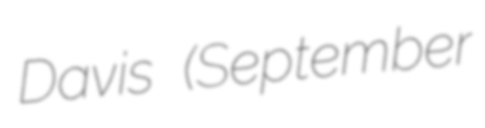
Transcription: Davis (September